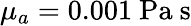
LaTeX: \mu_{a}=0.001\ \mathrm{Pa}\ \mathrm{s}